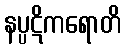
နပ္ပဋိကရောတိ